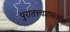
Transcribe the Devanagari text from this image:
पुरातत्त्वशास्त्रज्ञांचा